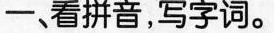
一、看拼音，写字词。